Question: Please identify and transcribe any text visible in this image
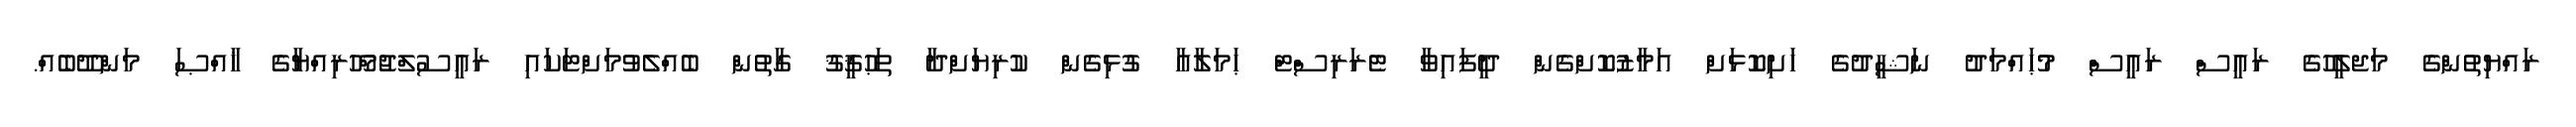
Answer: ރައްޔިތުންގެ މަޖލީހުގެ ރައީސް ރައީސް މުޙައްމަދު ނަޝީދުގެ ހަށިކޮޅަށް އަމާޒުކޮށްގެން ދީފައިވާ ޓެރަރިސްޓް ޙަމަލާއާ ގުޅިގެން ކުރިޔަށްދާ ތަޙުޤީޤު ގާތުން ބެއްލެވުމަށްޓަކައި ރައީސުލްޖުމްހޫރިއްޔާގެ ޚާއްޞަ މަންދޫބެއް.